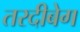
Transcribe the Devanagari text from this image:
तरदीबेग